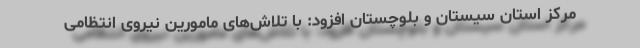
مرکز استان سیستان و بلوچستان افزود: با تلاش‌های مامورین نیروی انتظامی